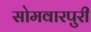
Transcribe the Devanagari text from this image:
सोमवारपुरी